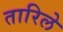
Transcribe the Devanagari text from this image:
तारिले